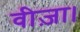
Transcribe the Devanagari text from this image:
वीज़ा।